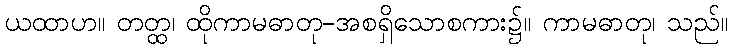
ယထာဟ။ တတ္ထ၊ ထိုကာမဓာတု-အစရှိသောစကား၌။ ကာမဓာတု၊ သည်။